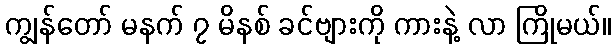
ကျွန်တော် မနက် ၇ မိနစ် ခင်ဗျားကို ကားနဲ့ လာ ကြိုမယ်။